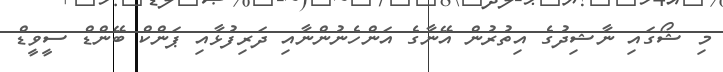
މި ޝޯގައި ނާޝިދުގެ އިތުރުން އޭނާގެ އަންހެނުންނާއި ދަރިފުޅާއި ޕަންކް ބޭންޑް ސީވީޑް